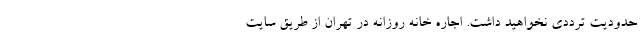
حدودیت ترددی نخواهید داشت. اجاره خانه روزانه در تهران از طریق سایت